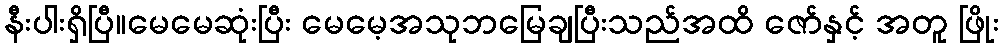
နီးပါးရှိပြီ။မေမေဆုံးပြီး မေမေ့အသုဘမြေချပြီးသည်အထိ ဇော်နှင့် အတူ ဖြိုး